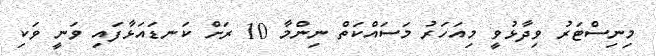
މިނިސްޓަރު ވިދާޅުވީ މިއަހަރު މަސައްކަތް ނިންމާ 10 ރަށް ކަނޑައަޅާފައި ވަނީ ވަކި